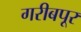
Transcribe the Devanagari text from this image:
गरीबपूर